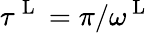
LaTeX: \tau^{\mathrm{~L~}}=\pi/\omega^{\mathrm{~L~}}